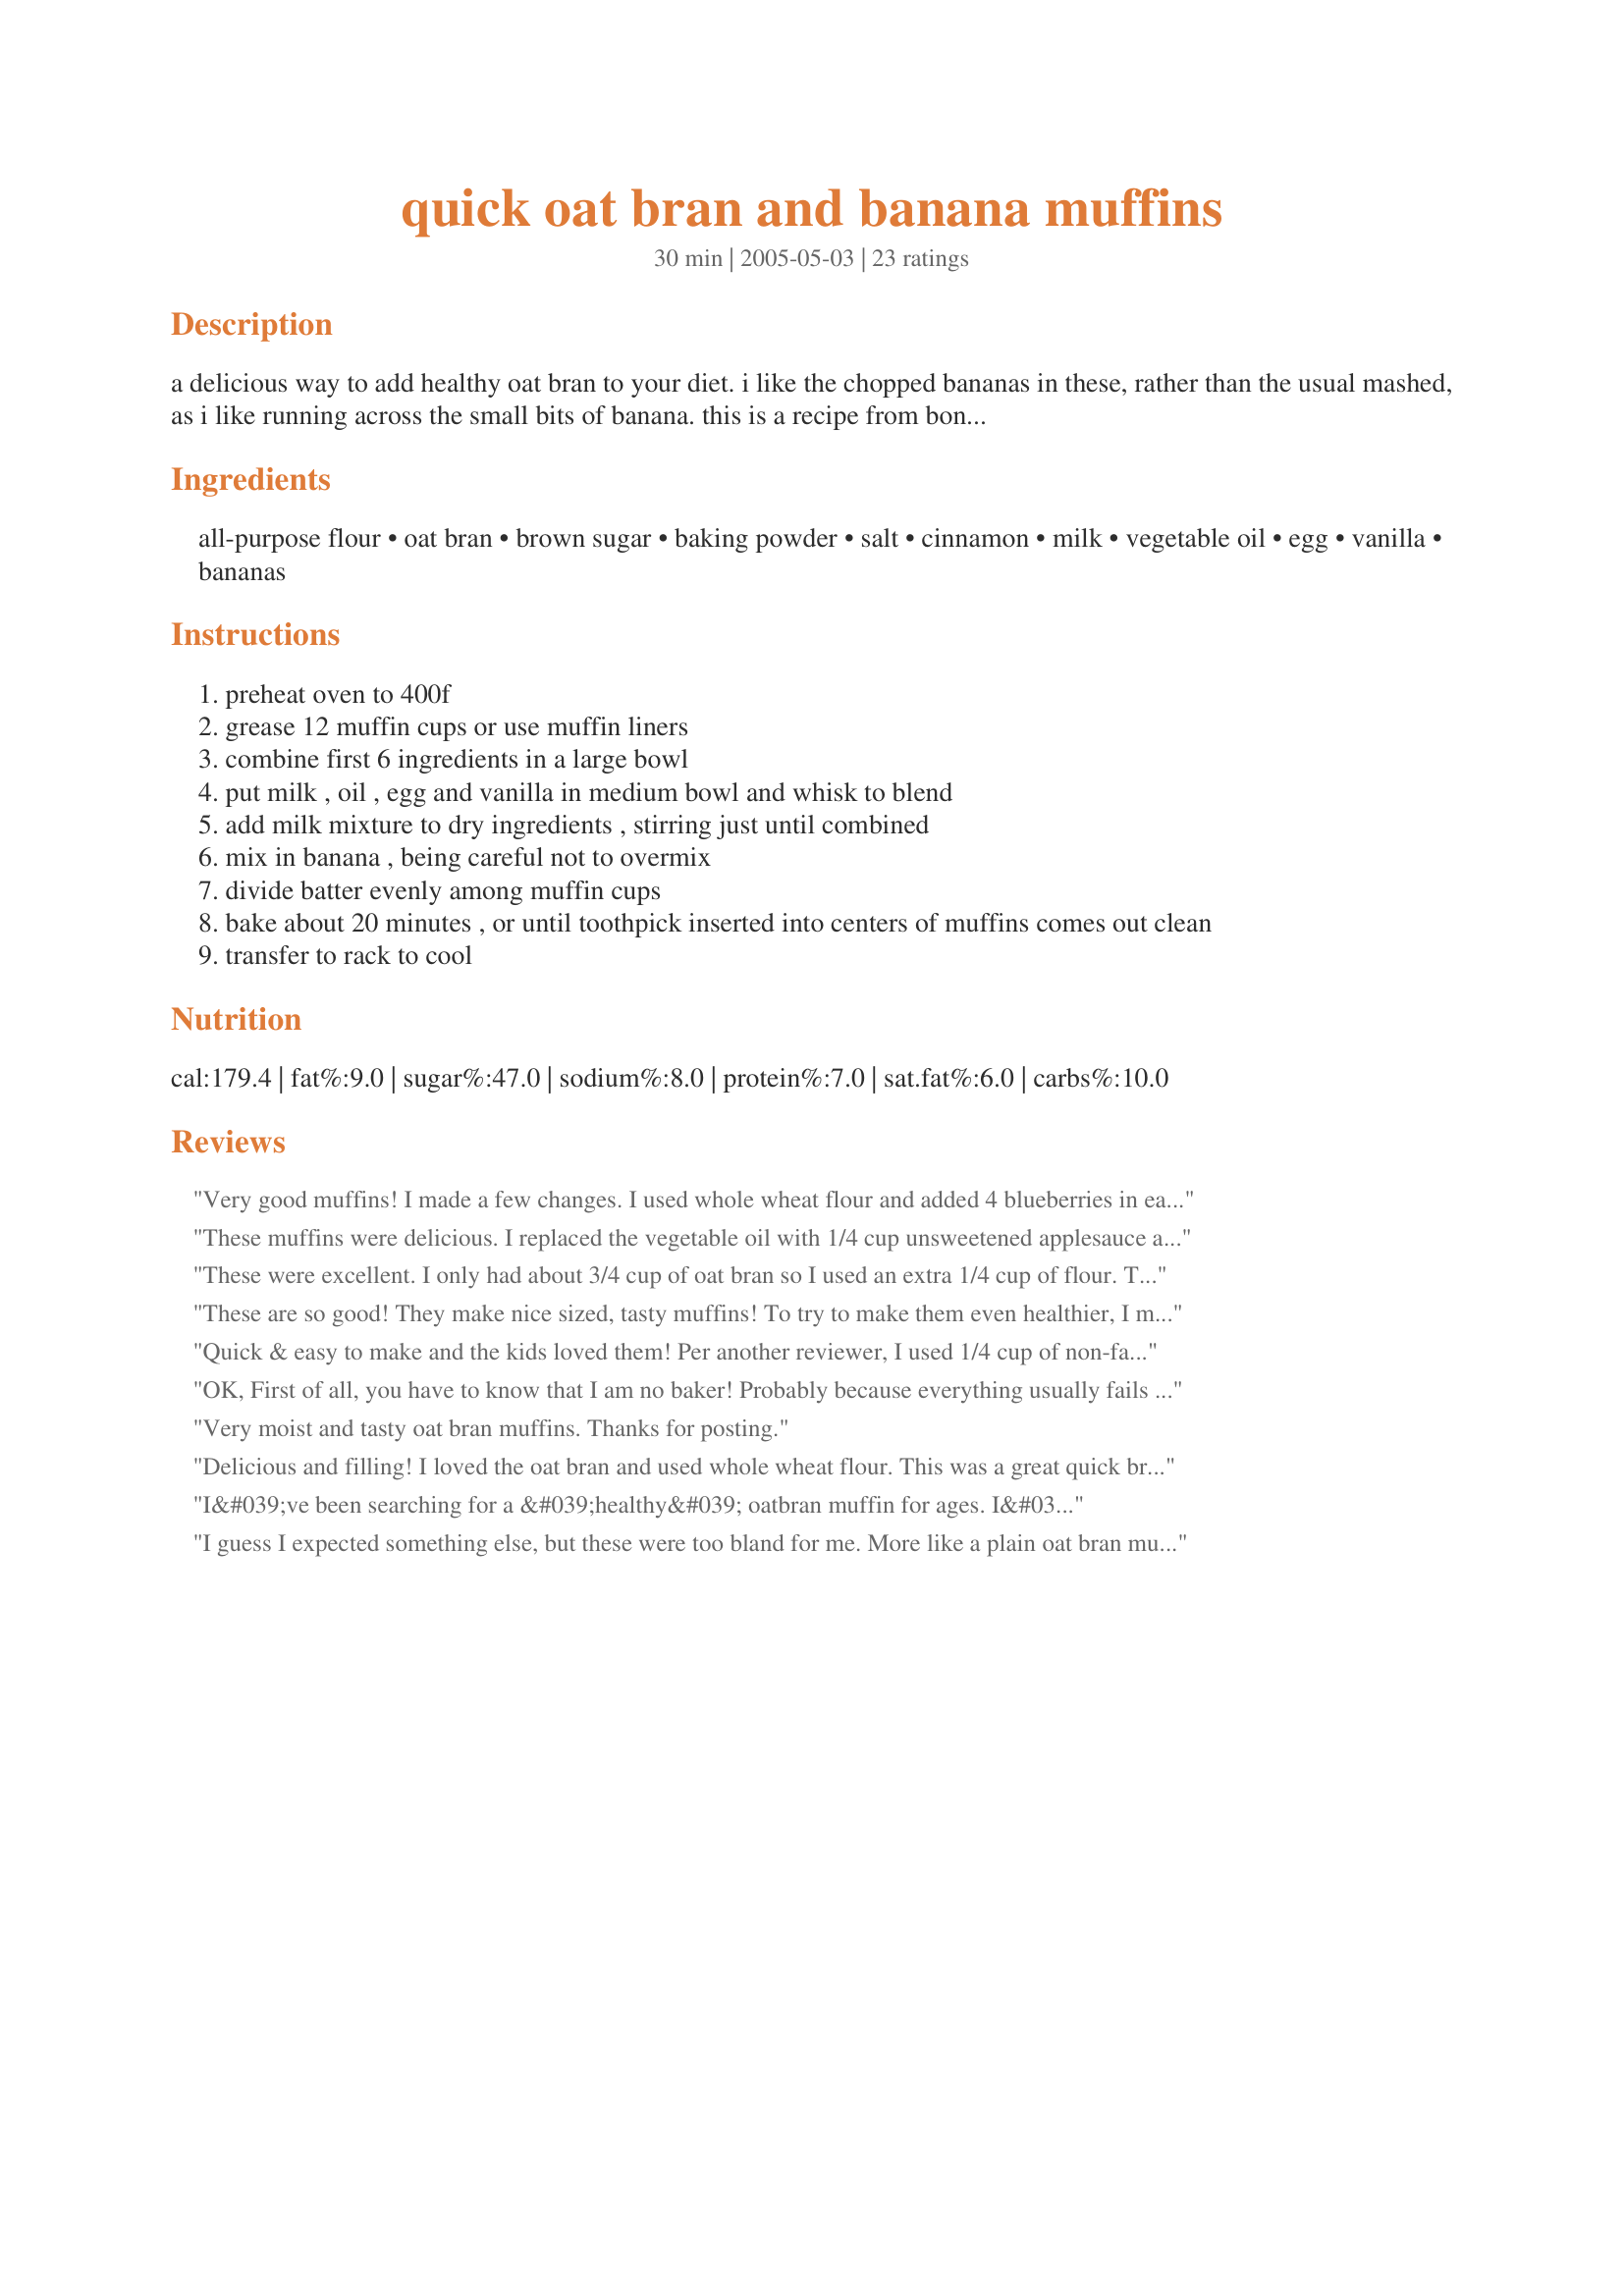
quick oat bran and banana muffins
Preparation time: 30 minutes

a delicious way to add healthy oat bran to your diet. i like the chopped bananas in these, rather than the usual mashed, as i like running across the small bits of banana. this is a recipe from bon appetit that i have changed somewhat to suit my taste.

Ingredients:
all-purpose flour, oat bran, brown sugar, baking powder, salt, cinnamon, milk, vegetable oil, egg, vanilla, bananas

Steps:
preheat oven to 400f
grease 12 muffin cups or use muffin liners
combine first 6 ingredients in a large bowl
put milk , oil , egg and vanilla in medium bowl and whisk to blend
add milk mixture to dry ingredients , stirring just until combined
mix in banana , being careful not to overmix
divide batter evenly among muffin cups
bake about 20 minutes , or until toothpick inserted into centers of muffins comes out clean
transfer to rack to cool

Reviews:
Very good muffins! I made a few changes. I used whole wheat flour and added 4 blueberries in each muffin.
These muffins were delicious. I replaced the vegetable oil with 1/4 cup unsweetened applesauce and egg substitute for the eggs. Thanks for a great recipe.
These were excellent. I only had about 3/4 cup of oat bran so I used an extra 1/4 cup of flour. These were enjoyed by everyone in the house. Thanks for the recipe.
These are so good! They make nice sized, tasty muffins! To try to make them even healthier, I made a few changes - I used 3/4 cup wheat flour (and the other 1/2 was all-purpose), instead of oil, I used 1/4 cup of vanilla yogurt, and instead of milk, I substituted vanilla flavored Almond Breeze). So my muffins had a more vanilla flavor, which I thought was delicious! Thanks so much for the great and easy recipe!!
Quick & easy to make and the kids loved them! Per another reviewer, I used 1/4 cup of non-fat yogurt in place of the oil. Also added our customary handful of chocolate chips (the kids think that they're eating something special!!) Loved that the recipe contained Oat Bran! Mine made 12 mini & 9 regular sized muffins. Thanks...this will go into our regular muffin rotation!
OK, First of all, you have to know that I am no baker! Probably because everything usually fails on me, which makes me aviod the kitchen at all costs. I have been desperately searching for a high protein, gluten free, lactose free, soy free food that I could enjoy as a snack and that would stay with me throughout the day. I managed to find a great protein bar but discovered it was full of whey (milk) and Soy. So there goes that idea! Then I figured...well, I better try to make something myself that I can guarantee is healthy for me! By some miracle, I found this recipe and was able to tweek it to fit my needs!! I changed the flour to a gluten free mix, added flax seed, gluten free oatbran, I cut the sugar in half and added Stevia, added walnuts and a few lactose free chocolate chips and used lactose free milk and cashew milk! Guess what? IT WORKED!!! I really am at a loss! The whole time I was making them I kept thinking, I hope I'm not wasting all these ingredients and the muffins will end up in the compost, but they are absolutely delicious!!! I am still working out the nutritional value but I would say they probably have about 6-7 grams of protein. My recipe also made 18 average size muffins...maybe because of the added flaxseed? Have to say MANY THANKS for this great recipe that just may help me through the day!!!
Very moist and tasty oat bran muffins. Thanks for posting.
Delicious and filling! I loved the oat bran and used whole wheat flour. This was a great quick breakfast!
I&#039;ve been searching for a &#039;healthy&#039; oatbran muffin for ages. I&#039;ve experimented with different recipes but this one is definitely the best. My oven is very hot so I lowered it a little bit and they were still baked at just 15mins. I added extra cinnamon just because I love it &amp; because I was looking for a healthy version I reduced the sugar by half as I felt the bananas &amp; vanilla would sweeten it enough, and they did. I didn&#039;t have vegetable oil but replaced it with coconut oil. It&#039;s a great recipe and highly recommended.
I guess I expected something else, but these were too bland for me. More like a plain oat bran muffin w/ soft chunks of banana. However my friend said he enjoyed them w/ his morning cup of coffee.
Turned out very well, but I made a few adjustments - hence the 4 stars. I used my convection oven at 375o for 15 minutes - any longer and they would have turned out dry. I also used 3 bananas, 1 c all-purpose and 1/4 c whole wheat flour and added a cup of chopped walnuts. Greased the pan and they popped right out. Good texture and flavor. I will definitely make them again!
Very tasty even though I think I over baked mine (they turned out dry.) I threw them in a ziplock bag with some very moist muffins and it totally revived them.
These turned out pretty good for me. I used wheat bran because I don't have any oat bran but they're good. Hubby says they taste excellent but they're just a tiny bit dry.
I have used this recipe several times and tomorrow will make 4 dozen and freeze. It is an excellent recipe, but to make it lower fat I substituted the oil with low fat yogurt. I have used whole wheat flour as well, either way this is my favorite muffin recipe! I have never had them turn out dry, and suggest to anyone who has that they probably baked them a little too long!

These are yummy. I made a few little changes, I used two egg whites instead of one whole egg and 1/4 cup plain greek yogurt instead off the oil and added raisins. They came out good. I will make again for sure.
I have been using a recipe similar to this one that I received from my Mom. In her recipe, 2 egg whites were used instead of the whole egg and 1 cup of chopped pecans were added. Very good recipe!
My husband and I really loved them. I did susbstitute the oil for yogurt, next time I'll try with oil, to see the difference.<br/>Thanks for sharing.
What a great recipe ... even my 3 year old believed she was eating cake. :) I used half wheat flour and half regular. I had no oat bran, so I used a cup of old fashioned rolled oats and ground them up. It turned out awesome. Next time I'll add a shredded apple and replace the oil with applesauce or yogurt. Just had to try it with oil before I went all healthy lol. Excellent!
Delicious and very easy to make. My husband and my toddler loves them. I make them with whole-wheat flour, unprocessed bran and soy milk (that is what I usally have in the house).
Excellent recipe. Always good to find recipes that include healthy oat bran. And yummy too! Wouldn't change a thing.
So good! I found that this made about 16 muffins, but that's great (the more the better). I like this recipe because it's healthy but also has just a little bit of oil in it, which prevents the muffins from being too dry. I freeze these and then thaw one each morning for breakfast. Thanks so much for sharing this recipe!
Lovely moist muffins - no changes necessary. Thanks for a nice addition to our breakfast menus.
I love this recipe! These muffins are much more moist than some other bran muffin recipes I have tried. The only changes I made were substituting 1/4 cup applesauce for the oil and half of the flour with whole-wheat flour. They freeze wonderfully, so I will keep a constant supply of these in my freezer . . . I'll just pull one out for each day! Thanks for sharing, GaylaJ.
